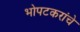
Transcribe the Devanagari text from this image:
भोपटकरांचे